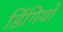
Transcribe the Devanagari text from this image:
डिंगियों